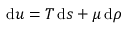
\mathrm { d } u = T \, \mathrm { d } s + \mu \, \mathrm { d } \rho